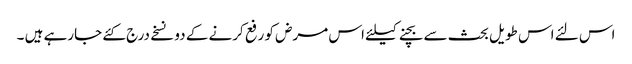
اس لئے اس طویل بحث سے بچنے کیلئے اس مرض کو رفع کرنے کے دو نسخے درج کئے جارہے ہیں ۔